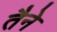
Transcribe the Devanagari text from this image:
तैने